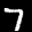
Label: 7